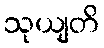
သုယျတိ